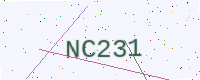
Text: NC231